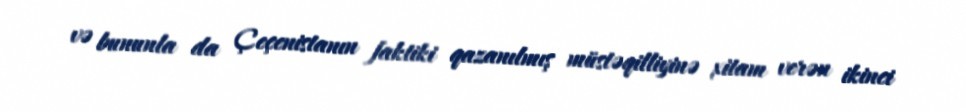
və bununla da Çeçenistanın faktiki qazanılmış müstəqilliyinə xitam verən ikinci